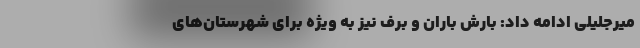
میرجلیلی ادامه داد: بارش باران و برف نیز به ویژه برای شهرستان‌های